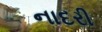
નાદરી